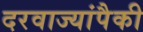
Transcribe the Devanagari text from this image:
दरवाज्यांपैकी